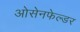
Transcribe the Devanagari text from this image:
ओसेनफेल्डर